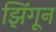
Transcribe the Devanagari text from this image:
झिंगून